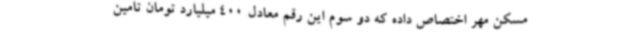
مسکن مهر اختصاص داده که دو سوم این رقم معادل 400 میلیارد تومان تامین